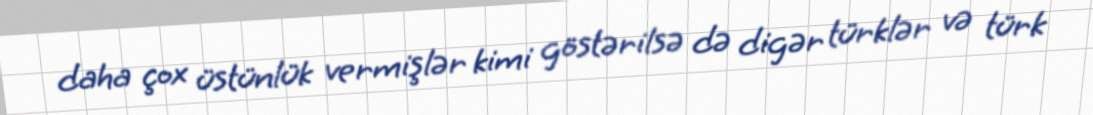
daha çox üstünlük vermişlər kimi göstərilsə də digər türklər və türk